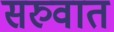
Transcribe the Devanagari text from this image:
सरुवात